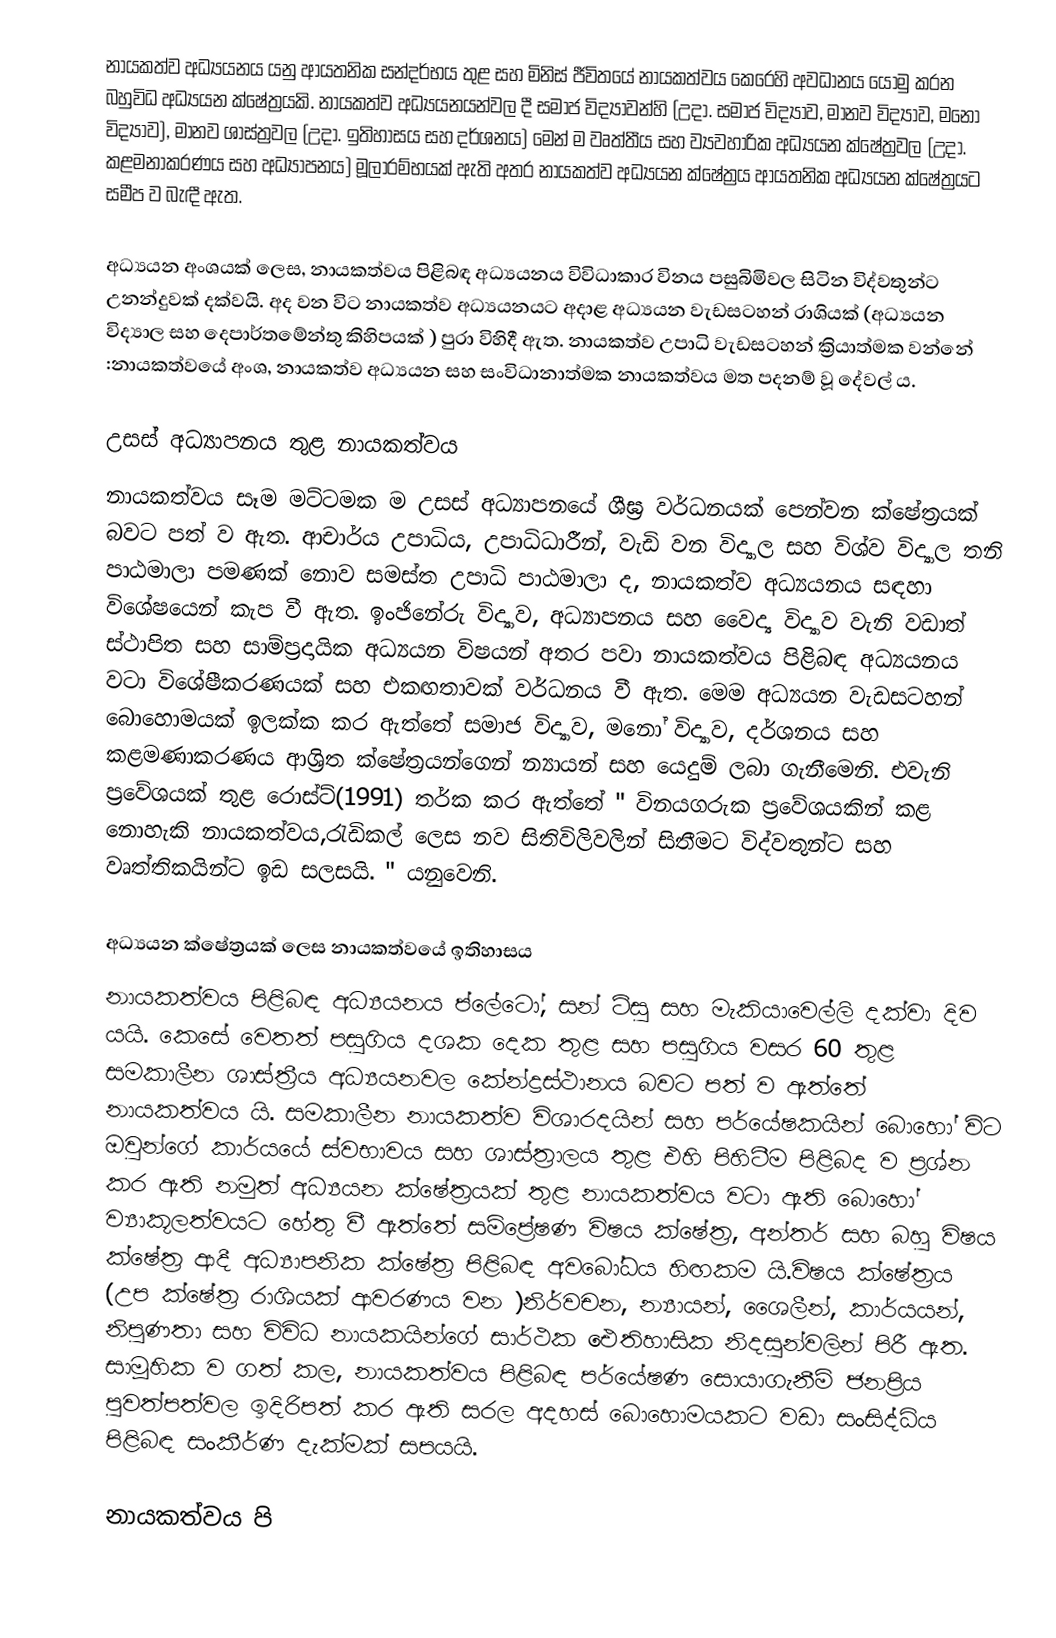
නායකත්ව අධ්‍යයනය යනු ආයතනික සන්දර්භය තුළ සහ මිනිස් ජීවිතයේ නායකත්වය කෙරෙහි අවධානය යොමු කරන බහුවිධ අධ්‍යයන ක්ෂේත්‍රයකි. නායකත්ව අධ්‍යයනයන්වල දී  සමාජ විද්‍යාවන්හි (උදා. සමාජ විද්‍යාව, මානව විද්‍යාව, මනෝ විද්‍යාව), මානව ශාස්ත්‍රවල (උදා. ඉතිහාසය සහ දර්ශනය) මෙන් ම වෘත්තීය සහ ව්‍යවහාරික අධ්‍යයන ක්ෂේත්‍රවල (උදා. කළමනාකරණය සහ අධ්‍යාපනය) මූලාරම්භයක් ඇති අතර නායකත්ව අධ්‍යයන ක්ෂේත්‍රය ආයතනික අධ්‍යයන ක්ෂේත්‍රයට සමීප ව බැඳී ඇත.

අධ්‍යයන අංශයක් ලෙස, නායකත්වය පිළිබඳ අධ්‍යයනය විවිධාකාර විනය පසුබිමිවල සිටින විද්වතුන්ට උනන්දුවක් දක්වයි. අද වන විට නායකත්ව අධ්‍යයනයට අදාළ අධ්‍යයන වැඩසටහන් රාශියක් (අධ්‍යයන විද්‍යාල සහ දෙපාර්තමේන්තු කිහිපයක් )  පුරා විහිදී ඇත. නායකත්ව උපාධි වැඩසටහන් ක්‍රියාත්මක වන්නේ :නායකත්වයේ අංශ, නායකත්ව අධ්‍යයන සහ සංවිධානාත්මක නායකත්වය මත පදනම් වූ දේවල් ය.

උසස් අධ්‍යාපනය තුළ නායකත්වය
නායකත්වය සෑම මට්ටමක ම උසස් අධ්‍යාපනයේ ශීඝ්‍ර වර්ධනයක් පෙන්වන ක්ෂේත්‍රයක් බවට පත් ව ඇත. ආචාර්ය උපාධිය, උපාධිධාරීන්, වැඩි වන විද්‍යාල සහ විශ්ව විද්‍යාල තනි පාඨමාලා පමණක් නොව සමස්ත උපාධි පාඨමාලා ද, නායකත්ව අධ්‍යයනය සඳහා විශේෂයෙන් කැප වී ඇත. ඉංජිනේරු විද්‍යාව, අධ්‍යාපනය සහ වෛද්‍ය විද්‍යාව වැනි වඩාත් ස්ථාපිත සහ සාම්ප්‍රදායික අධ්‍යයන විෂයන් අතර පවා නායකත්වය පිළිබඳ අධ්‍යයනය වටා විශේෂීකරණයක් සහ එකඟතාවක් වර්ධනය වී ඇත. මෙම අධ්‍යයන වැඩසටහන් බොහොමයක් ඉලක්ක කර ඇත්තේ සමාජ විද්‍යාව, මනෝ විද්‍යාව, දර්ශනය සහ කළමණාකරණය ආශ්‍රිත ක්ෂේත්‍රයන්ගෙන් න්‍යායන් සහ යෙදුම් ලබා ගැනීමෙනි. එවැනි ප්‍රවේශයක් තුළ රොස්ට්(1991) තර්ක කර ඇත්තේ " විනයගරුක ප්‍රවේශයකින් කළ නොහැකි නායකත්වය,රැඩිකල් ලෙස නව සිතිවිලිවලින් සිතීමට විද්වතුන්ට සහ වෘත්තිකයින්ට ඉඩ සලසයි. " යනුවෙනි.

අධ්‍යයන ක්ෂේත්‍රයක් ලෙස නායකත්වයේ ඉතිහාසය
නායකත්වය පිළිබඳ අධ්‍යයනය ප්ලේටෝ, සන් ට්සු සහ මැකියාවෙල්ලි දක්වා දිව යයි. කෙසේ වෙතත් පසුගිය දශක දෙක තුළ සහ පසුගිය වසර 60 තුළ සමකාලීන ශාස්ත්‍රීය අධ්‍යයනවල කේන්ද්‍රස්ථානය බවට පත් ව ඇත්තේ නායකත්වය යි. සමකාලීන නායකත්ව විශාරදයින් සහ පර්යේෂකයින් බොහෝ විට ඔවුන්ගේ කාර්යයේ ස්වභාවය සහ ශාස්ත්‍රාලය තුළ එහි පිහිටීම පිළිබද ව ප්‍රශ්න කර ඇති නමුත් අධ්‍යයන ක්ෂේත්‍රයක් තුළ නායකත්වය වටා ඇති බොහෝ ව්‍යාකූලත්වයට හේතු වී ඇත්තේ සම්ප්‍රේෂණ විෂය ක්ෂේත්‍ර, අන්තර් සහ බහු විෂය ක්ෂේත්‍ර ආදී අධ්‍යාපනික ක්ෂේත්‍ර පිළිබඳ අවබෝධය හිඟකම යි.විෂය ක්ෂේත්‍රය (උප ක්ෂේත්‍ර රාශියක් ආවරණය වන )නිර්වචන, න්‍යායන්, ශෛලීන්, කාර්යයන්, නිපුණතා සහ විවිධ නායකයින්ගේ සාර්ථක ඓතිහාසික නිදසුන්වලින් පිරී ඇත. සාමූහික ව ගත් කල, නායකත්වය පිළිබඳ පර්යේෂණ සොයාගැනීම් ජනප්‍රිය පුවත්පත්වල ඉදිරිපත් කර ඇති සරල අදහස් බොහොමයකට වඩා සංසිද්ධිය පිළිබඳ සංකීර්ණ දැක්මක් සපයයි.

නායකත්වය පි